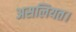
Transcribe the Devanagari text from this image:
असलियत।